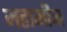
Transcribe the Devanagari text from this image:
महामीन